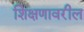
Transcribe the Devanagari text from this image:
शिक्षणावरील